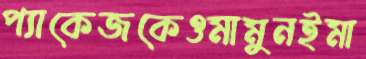
প্যাকেজকেওমামুনইমা